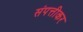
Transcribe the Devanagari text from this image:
संपत्तीकर